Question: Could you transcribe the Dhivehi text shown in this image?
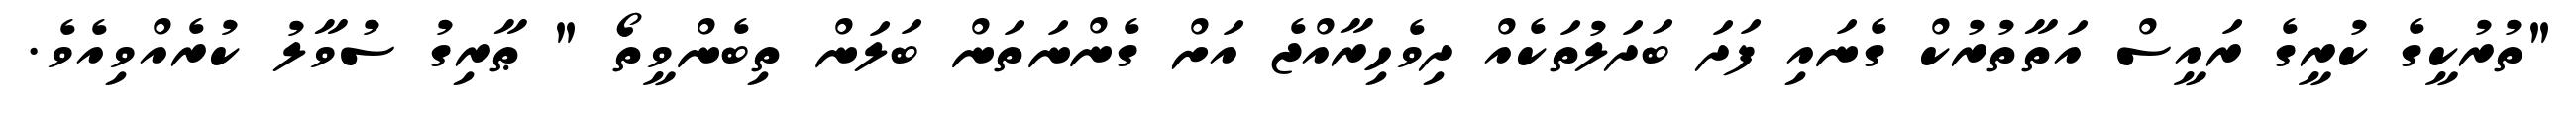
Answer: "ތުރުކީގެ ކުރީގެ ރައީސް އަތާތުރުކް ގެނައި ފަދަ ބަދަލުތަކެއް ދިވެހިރާއްޖެ އަށް ގެންނަތަން ބަލަން ތިބެންވީތޯ " ޠާރިގު ސުވާލު ކުރެއްވިއެވެ.